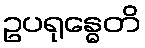
ဥပရုန္ဓေတိ